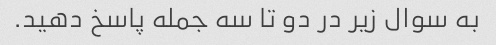
به سوال زیر در دو تا سه جمله پاسخ دهید.